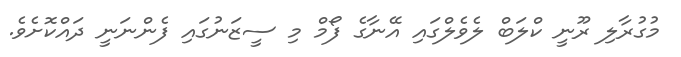
މުގުރާލި ރޫނީ ކްލަބް ލެވެލްގައި އޭނާގެ ފޯމް މި ސީޒަނުގައި ފެންނަނީ ދައްކޮށެވެ.